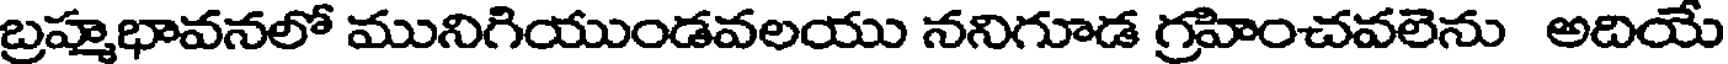
బ్రహ్మభావనలో మునిగియుండవలయు ననిగూడ గ్రహించవలెను అదియే